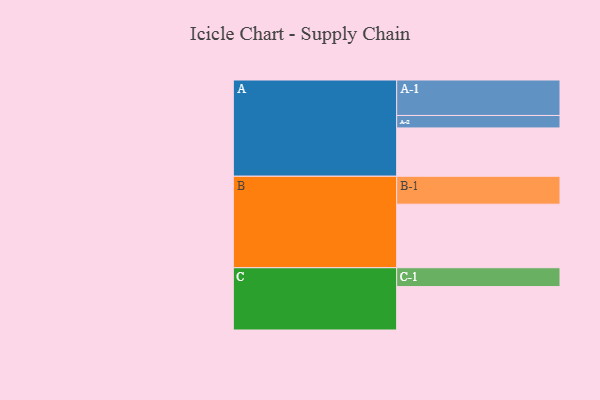
{"axis": {"x": "Segment", "y": "Value"}, "legend": ["", "A", "B", "C"], "data": [{"x": "A", "y": 384, "type": ""}, {"x": "B", "y": 505, "type": ""}, {"x": "C", "y": 345, "type": ""}, {"x": "A-1", "y": 282, "type": "A"}, {"x": "A-2", "y": 99, "type": "A"}, {"x": "B-1", "y": 222, "type": "B"}, {"x": "C-1", "y": 150, "type": "C"}]}